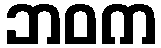
ဘဝက